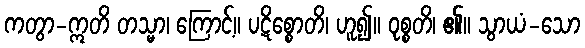
ကတွာ-ဣတိ တသ္မာ၊ ကြောင့်။ ပဋိစ္စောတိ၊ ဟူ၍။ ဝုစ္စတိ၊ ၏။ သွာယံ-သော